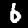
Label: 6